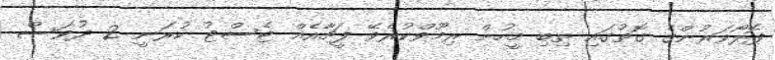
ފޮލޯވަރުންގެ ގޮތުގައި ތިބި މީހުން ރިމޫވްްކުރެވޭ ފީޗާއެއް ޓެސްޓު ކުރަނީ 2 ދުވަސް